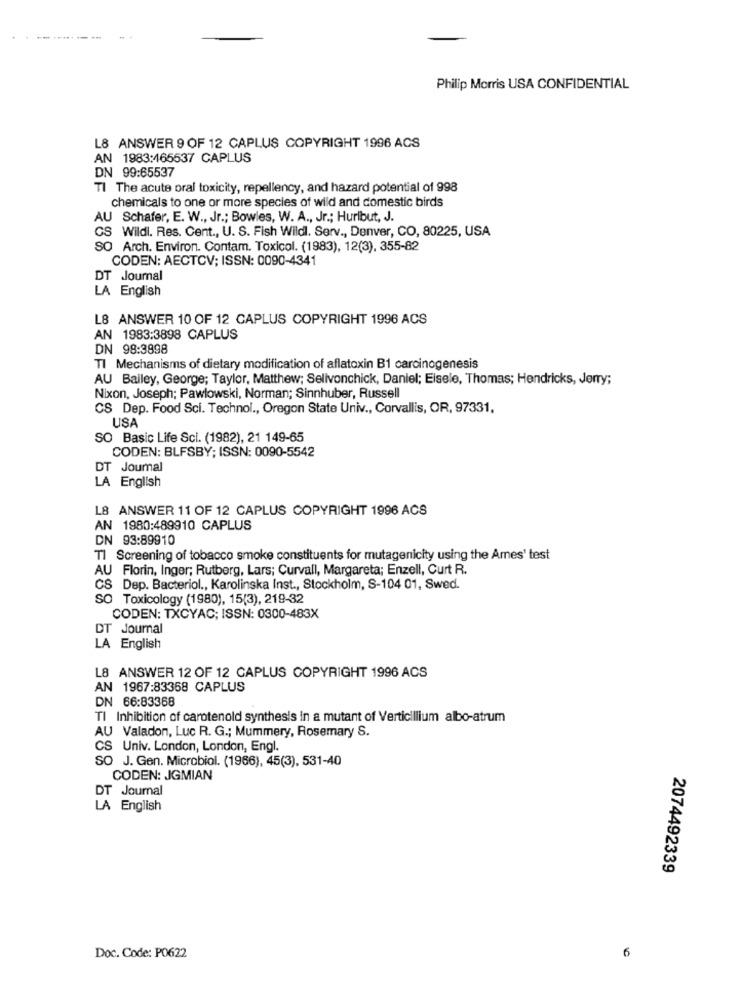
Philip Morris USA CONFIDENTIAL
L8 ANSWER 9 OF 12 CAPLUS COPYRIGHT 1996 ACS
AN 1983:465537 CAPLUS
DN 99:65537
TI The acute oral toxicity, repellency, and hazard potential of 998
chemicals to one or more species of wild and domestic birds
AU Schafer, E. W ., Jr .; Bowles, W. A ., Jr .; Hurlbut, J.
CS Wildl. Res. Cent ., U. S. Fish Wildl. Serv ., Denver, CO, 80225, USA
SO Arch. Environ. Contam. Toxicol. (1983), 12(3), 355-82
CODEN: AECTCV; ISSN: 0090-4341
DT Joumal
LA English
L8 ANSWER 10 OF 12 CAPLUS COPYRIGHT 1996 ACS
AN 1983:3898 CAPLUS
DN 98:3898
TI Mechanisms of dietary modification of aflatoxin B1 carcinogenesis
AU Bailey, George; Taylor, Matthew; Selivonchick, Daniel; Elsele, Thomas; Hendricks, Jerry;
Nixon, Joseph; Pawlowski, Norman; Sinnhuber, Russell
CS Dep. Food Sci. Technol ., Oregon State Univ ., Corvallis, OR, 97331,
USA
SO Basic Life Sci. (1982), 21 149-65
CODEN: BLFSBY; ISSN: 0090-5542
DT Journal
LA English
L8 ANSWER 11 OF 12 CAPLUS COPYRIGHT 1996 ACS
AN 1980:489910 CAPLUS
DN 93:89910
Tl Screening of tobacco smoke constituents for mutagenicity using the Ames' test
AU Florin, Inger; Rutberg, Lars; Curvall, Margareta; Enzell, Curt R.
CS Dep. Bacteriol ., Karolinska Inst ., Stockholm, S-104 01, Swed.
SO Toxicology (1980), 15(3), 219-32
CODEN: TXCYAC; ISSN: 0300-483X
DT Journal
LA English
L8 ANSWER 12 OF 12 CAPLUS COPYRIGHT 1996 ACS
AN 1967:83368 CAPLUS
DN 66:83368
TI Inhibition of carotenold synthesis in a mutant of Verticillium albo-atrum
AU Valadon, Luc R. G .; Mummery, Rosemary S.
CS Univ. London, London, Engl.
SO J. Gen. Microbiol. (1966), 45(3), 531-40
CODEN: JGMIAN
DT Journal
LA English
2074492339
Doc. Code: P0622
6